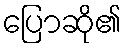
ပြောဆို၏